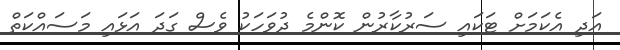
އަދި އެކަމަށް ޓަކައި ސަރުކާރުން ކޮންމެ ދުވަހަކު ވެސް ގަދަ އަޅައި މަސައްކަތް